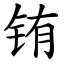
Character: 铕